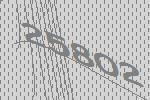
25802